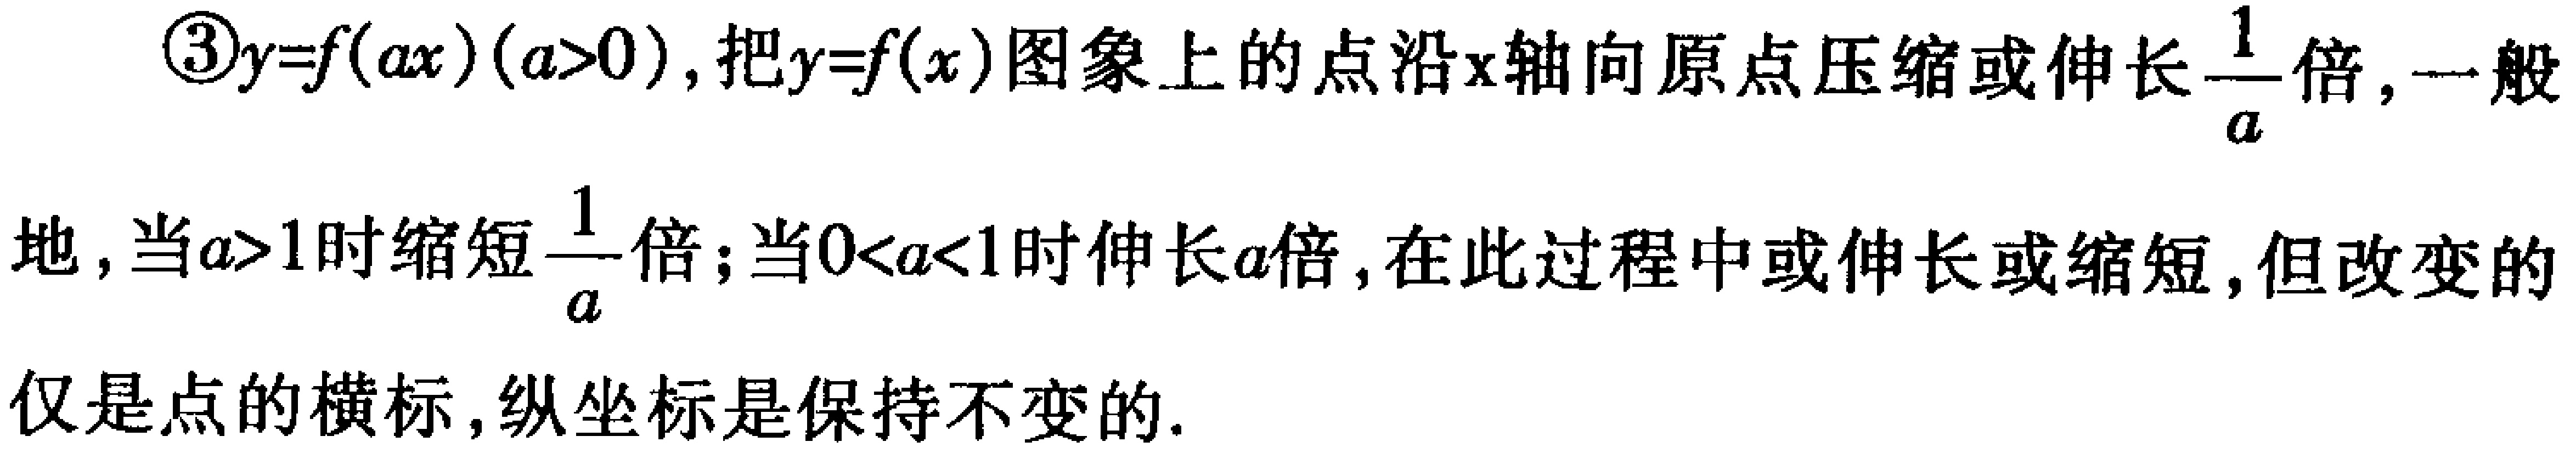
\textcircled{3}$y = f(ax)(a > 0)$，把$y = f(x)$图象上的点沿$x$轴向原点压缩或伸长$\frac{1}{a}$倍，一般地，当$a > 1$时缩短$\frac{1}{a}$倍；当$0 < a < 1$时伸长$\frac{1}{a}$倍，在此过程中或伸长或缩短，但改变的仅是点的横标，纵坐标是保持不变的.